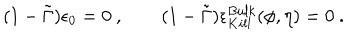
( 1 - \tilde { \Gamma } ) \epsilon _ { 0 } = 0 \ , \qquad ( 1 - \tilde { \Gamma } ) \epsilon _ { K i l l } ^ { B u l k } ( \phi , \eta ) = 0 \ .